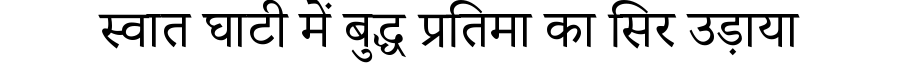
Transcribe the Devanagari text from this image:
स्वात घाटी में बुद्ध प्रतिमा का सिर उड़ाया